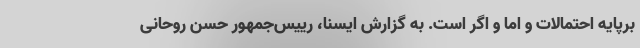
برپایه احتمالات و اما و اگر است. به گزارش ایسنا، رییس‌جمهور حسن روحانی